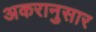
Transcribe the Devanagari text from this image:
अकरानुसार